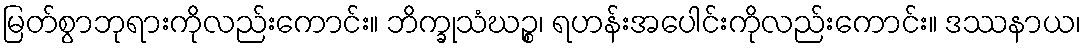
မြတ်စွာဘုရားကိုလည်းကောင်း။ ဘိက္ခုသံဃဉ္စ၊ ရဟန်းအပေါင်းကိုလည်းကောင်း။ ဒဿနာယ၊